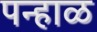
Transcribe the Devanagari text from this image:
पन्हाळ